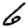
Digit: 6